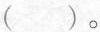
( )。